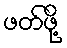
ဖတ်ဖို့